Report on vaccination in the Province of Bengal - 1869-1873
Year: 1869
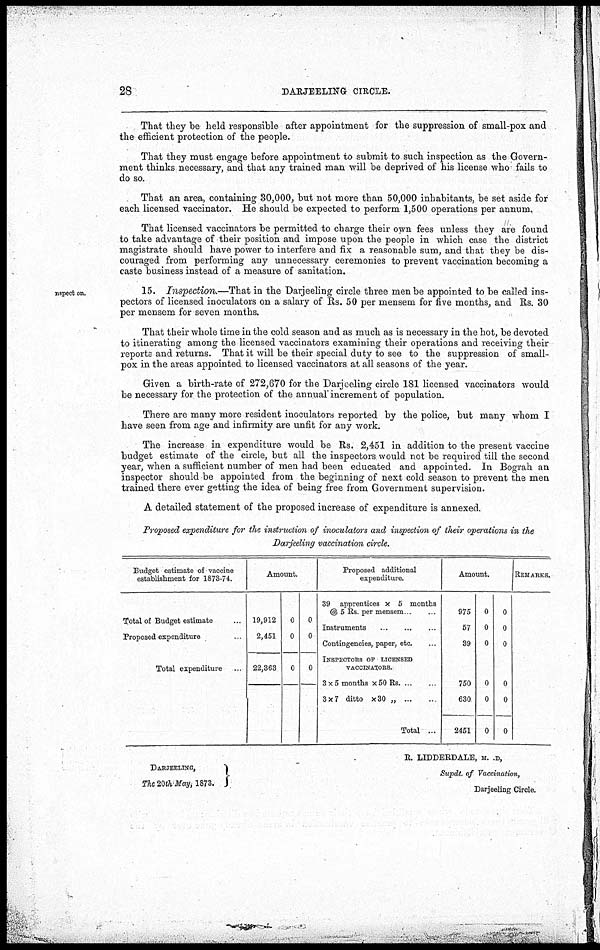
28
DARJEELING CIRCLE.
That they be held responsible after appointment for the suppression of small-pox and
the efficient protection of the people.
That they must engage before appointment to submit to such inspection as the Govern-
ment thinks necessary, and that any trained man will be deprived of his license who fails to
do so.
That an area, containing 30,000, but not more than 50,000 inhabitants, be set aside for
each licensed vaccinator. He should be expected to perform 1,500 operations per annum.
That licensed vaccinators be permitted to charge their own fees unless they are found
to take advantage of their position and impose upon the people in which case the district
magistrate should have power to interfere and fix a reasonable sum, and that they be dis-
couraged from performing any unnecessary ceremonies to prevent vaccination becoming a
caste business instead of a measure of sanitation.
nspect on.
15. Inspection.—That in the Darjeeling circle three men be appointed to be called ins-
pectors of licensed inoculators on a salary of Rs. 50 per mensem for five months, and Rs. 30
per mensem for seven months.
That their whole time in the cold season and as much as is necessary in the hot, be devoted
to itinerating among the licensed vaccinators examining their operations and receiving their
reports and returns. That it will be their special duty to see to the suppression of small-
pox in the areas appointed to licensed vaccinators at all seasons of the year.
Given a birth-rate of 272,670 for the Darjeeling circle 181 licensed vaccinators would
be necessary for the protection of the annual increment of population.
There are many more resident inoculators reported by the police, but many whom I
have seen from age and infirmity are unfit for any work.
The increase in expenditure would be Rs. 2,451 in addition to the present vaccine
budget estimate of the circle, but all the inspectors would not be required till the second
year, when a sufficient number of men had been educated and appointed. In Bograh an
inspector should be appointed from the beginning of next cold season to prevent the men
trained there ever getting the idea of being free from Government supervision.
A detailed statement of the proposed increase of expenditure is annexed.
Proposed expenditure for the instruction of inoculators and inspection of their operations in the
Darjeeling vaccination circle.
Budget estimate of vaccine
establishment for 1873-74.
Total of Budget estimate ...
Proposed expenditure ...
Total expenditure ...
Amount.
19,912
2,451
22,363
0
0
0
0
0
0
Proposed additional
expenditure.
39 apprentices x 5 months
@ 5 Rs. per mensem ... ...
Instruments
...
...
...
Contingencies, paper, etc.
INSPECTORS OF LICENSED
VACCINATORS.
3x5 months x 50 Rs
...
...
3x7 ditto x30 „
...
...
Total ...
Amount.
975
57
39
750
630
2451
0
0
0
0
0
0
0
0
0
0
0
0
REMARKS.
DARJEELING,
The 20th May, 1873.
It. LIDDERDALE, M. .D,
Supdt. of Vaccination,
Darjeeling Circle.